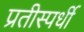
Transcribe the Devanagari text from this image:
प्रतीस्पर्धी